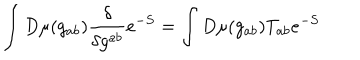
LaTeX: \int D \mu ( g _ { a b } ) \frac { \delta } { \delta g ^ { a b } } e ^ { - S } = \int D \mu ( g _ { a b } ) T _ { a b } e ^ { - S }